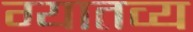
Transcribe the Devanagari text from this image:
ग्यातव्य